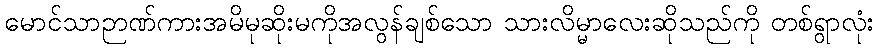
မောင်သာဉာဏ်ကားအမိမုဆိုးမကိုအလွန်ချစ်သော သားလိမ္မာလေးဆိုသည်ကို တစ်ရွာလုံး